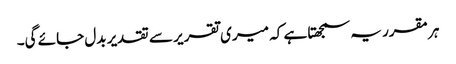
ہر مقرر یہ سمجھتا ہے کہ میری تقریر سے تقدیر بدل جائے گی۔